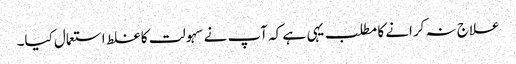
علاج نہ کرانے کا مطلب یہی ہے کہ آپ نے سہولت کا غلط استعمال کیا۔